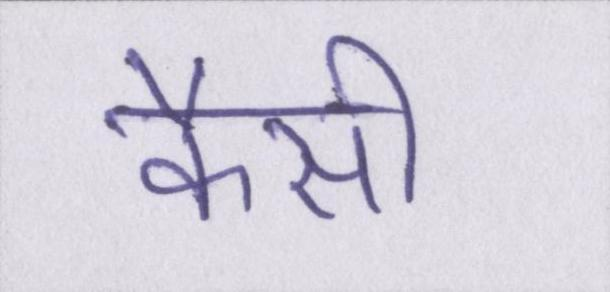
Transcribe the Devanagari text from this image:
कैसी